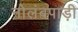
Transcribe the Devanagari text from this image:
नोलंबपाड़ी